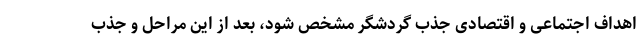
اهداف اجتماعی و اقتصادی جذب گردشگر مشخص شود، بعد از این مراحل و جذب